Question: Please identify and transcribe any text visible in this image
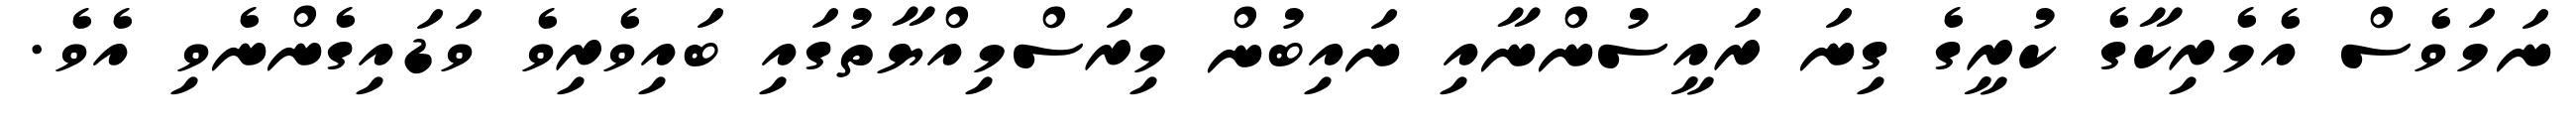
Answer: ނަމަވެސް އެމެރިކާގެ ކުރީގެ ގިނަ ރައީސުންނާއި ނައިބުން މިރަސްމިއްޔާތުގައި ބައިވެރިވެ ވަޑައިގެންނެވި އެވެ.